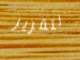
لتقرير